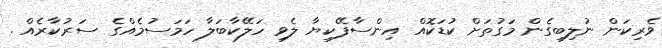
ވެރިކަން ނުލިބިގެން މަގުތަށް ކުޑަކޮއް އިންސާފޭކިޔާ ލެވި ހަލޭކާބަލާ ހަމަސުމެއްގެ ސަރުކާރެއް .